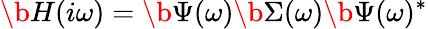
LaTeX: \b{H}(i\omega)=\b{\Psi}(\omega)\b{\Sigma}(\omega)\b{\Psi}(\omega)^{*}